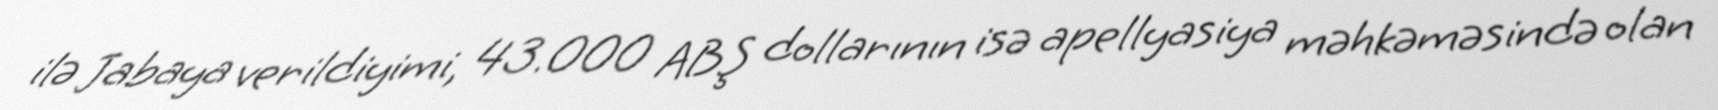
ilə Jabaya verildiyimi, 43.000 ABŞ dollarının isə apellyasiya məhkəməsində olan